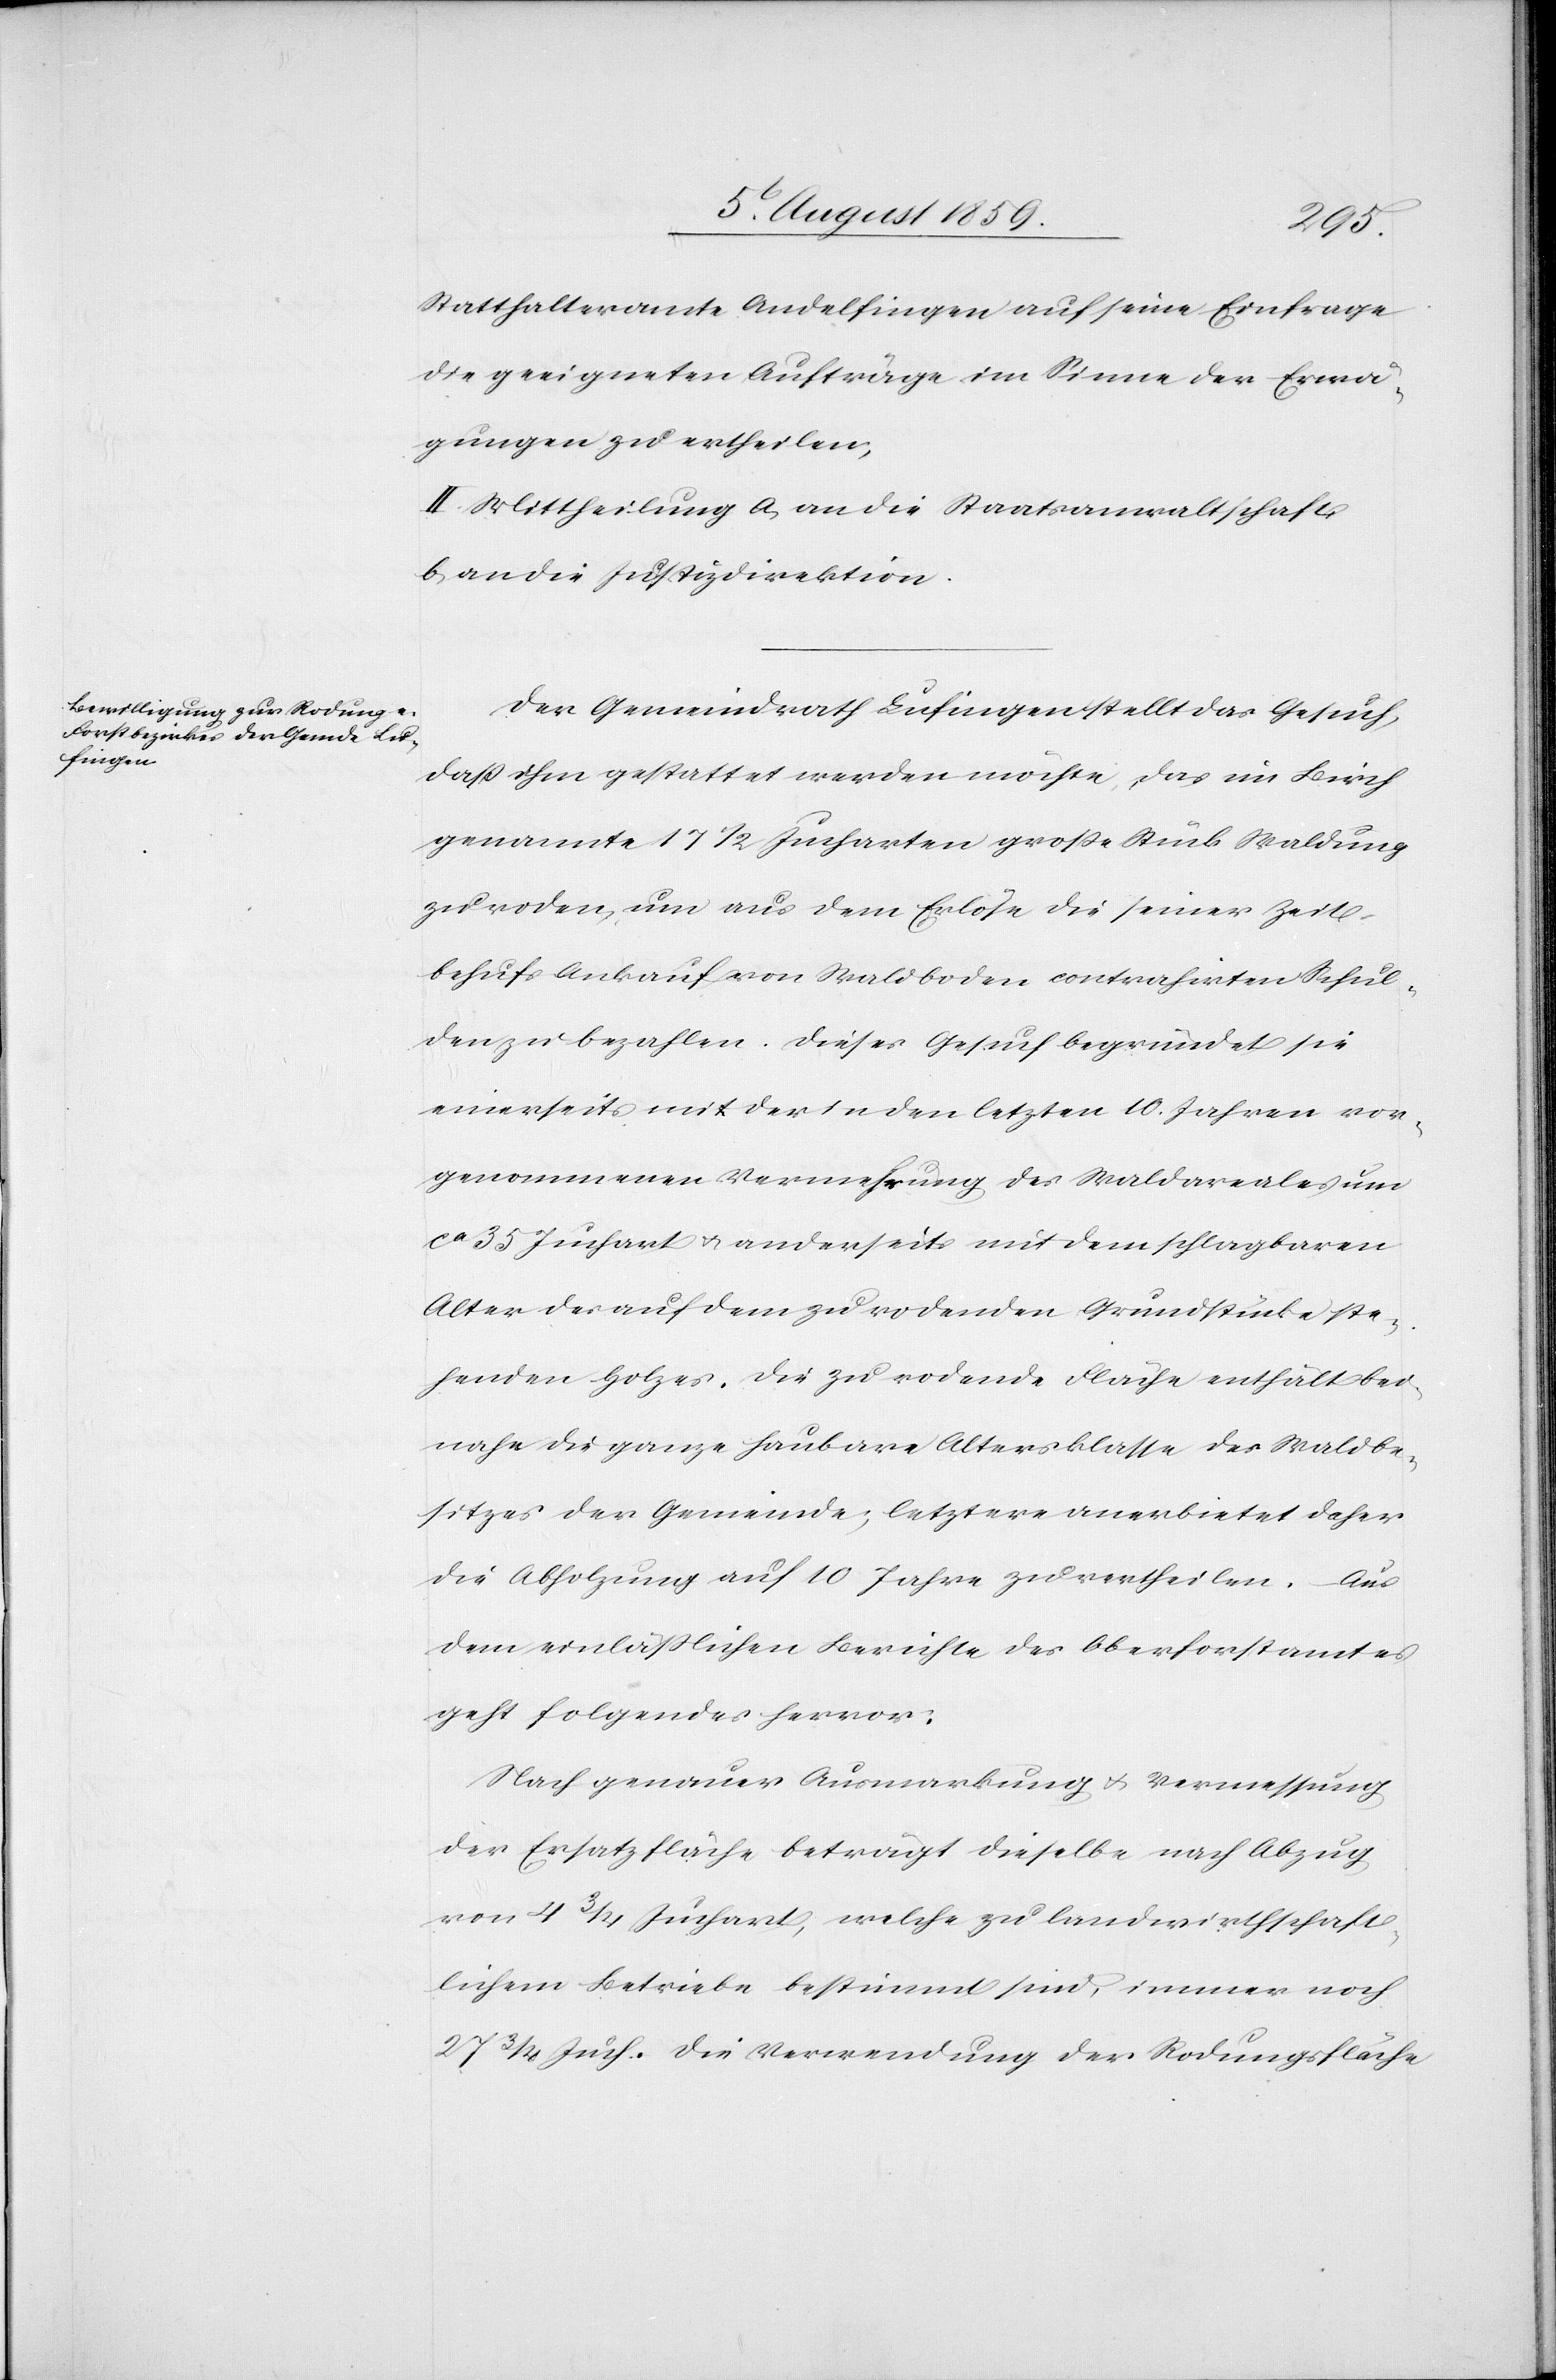
Statthalteramte Andelfingen auf eine Einfrage
die geeigneten Aufträge im Sinne der Erwä¬
gungen zu ertheilen,
II. Mittheilung a, an die Staatsanwaltschaft
b, an die Justizdirektion.
Der Gemeindrath Lufingen stellt das Gesuch,
daß ihm gestattet werden möchte, das im Birch
genannte 17 1/2 Jucharten große Stück Waldung
zu roden, um aus dem Erlöse die seiner Zeit
behufs Ankauf von Waldboden contrahirten Schul¬
den zu bezahlen. Dieses Gesuch begründet sie
einerseits mit der in den letzten 10. Jahren vor¬
genommenen Vermehrung des Waldareales um
ca. 35 Juchart u. anderseits mit dem schlagbaren
Alter der auf dem zu rodenden Grundstücke ste¬
henden Holzes. Die zu rodende Fläche enthält bei¬
nahe die ganze haubare Altersklasse des Waldbe¬
sitzes der Gemeinde, letztere anerbietet daher
die Abholzung auf 10 Jahre zu vertheilen. Aus
dem einläßlichen Berichte des Oberforstamtes
geht folgendes hervor:
Nach genauer Ausmarkung u. Vermessung
der Ersatzfläche beträgt dieselbe nach Abzug
von 4 3/4 Juchart, welche zu landwirthschaft¬
lichem Betriebe bestimmt sind, immer noch
27 3/4 Juch. Die Verwendung der Rodungsfläche